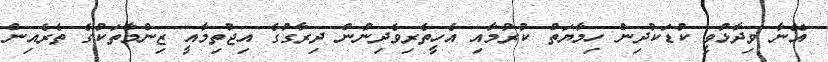
އޭނާ ވިދާޅުވީ ކުޑަކުދިން ހިމާޔަތް ކުރުމާއި އެހީތެރިވެދިނުން ދިރާގުގެ އިޖުތިމާއީ ޒިންމާތަކުގެ ތެރެއިން